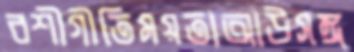
বশীগীতিময়তাআউসঙ্গ